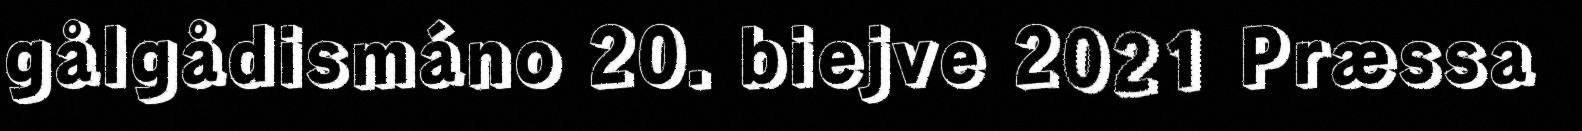
gålgådismáno 20. biejve 2021 Præssa